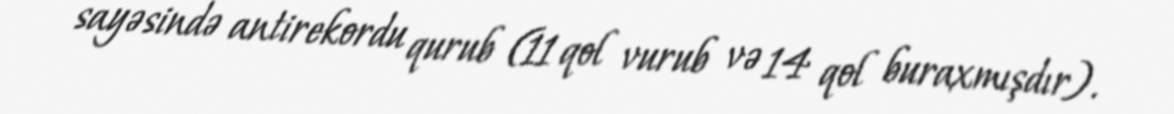
sayəsində antirekordu qurub (11 qol vurub və 14 qol buraxmışdır).